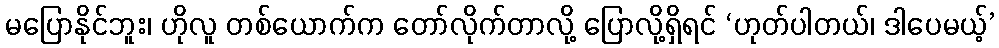
မပြောနိုင်ဘူး၊ ဟိုလူ တစ်ယောက်က တော်လိုက်တာလို့ ပြောလို့ရှိရင် ‘ဟုတ်ပါတယ်၊ ဒါပေမယ့်’